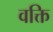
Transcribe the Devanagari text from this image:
वक्ति